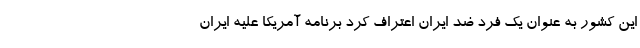
این کشور به عنوان یک فرد ضد ایران اعتراف کرد برنامه آمریکا علیه ایران